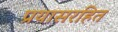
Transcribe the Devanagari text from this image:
प्रयासरहित